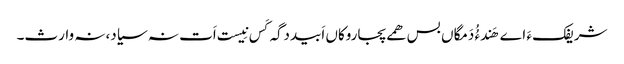
شریفک ءَ اے ھَندءُُ دَمگاں بس ھمے پجاروکاں اَبیددگہ کَس نِیست اَت نہ سیاد،نہ وارث۔